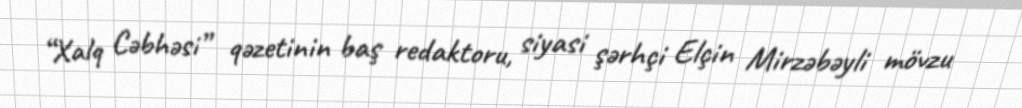
“Xalq Cəbhəsi” qəzetinin baş redaktoru, siyasi şərhçi Elçin Mirzəbəyli mövzu